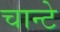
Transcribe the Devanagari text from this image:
चान्टे